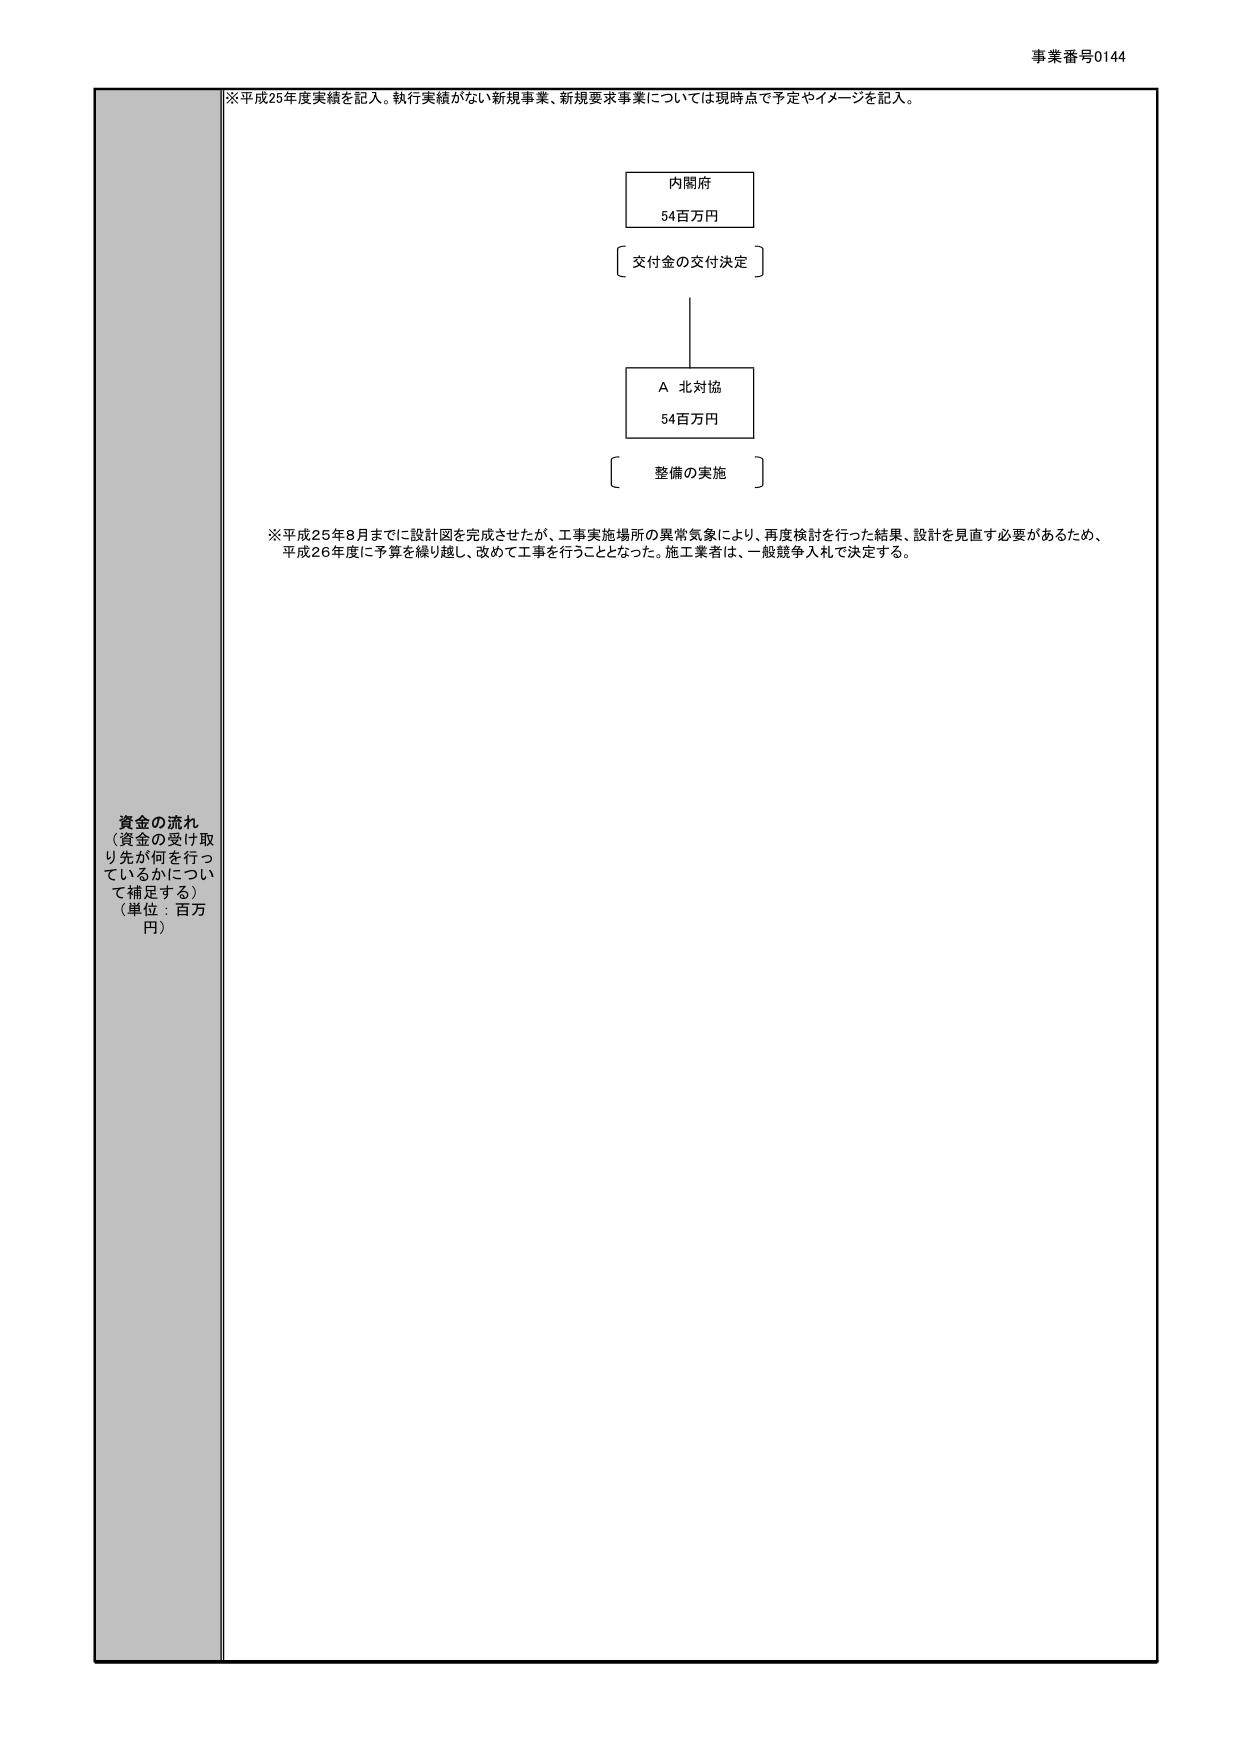
事業番号0144

※平成25年度実績を記入。執行実績がない新規事業、新規要求事業については現時点で予定やイメージを記入。

内閣府
54百万円
〔交付金の交付決定〕

A 北対協
54百万円
〔整備の実施〕

※平成25年8月までに設計図を完成させたが、工事実施場所の異常気象により、再度検討を行った結果、設計を見直す必要があるため、
平成26年度に予算を繰り越し、改めて工事を行うこととなった。施工業者は、一般競争入札で決定する。

資金の流れ
（資金の受け取り先が何を行っているかについて補足する）
（単位：百万円）